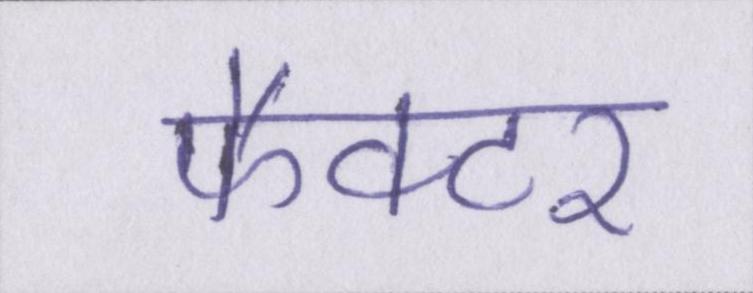
फैक्टर